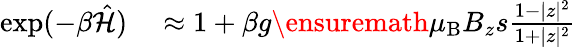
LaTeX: \begin{array}{rl}{\exp(-\beta\hat{{\cal H}})}&{{}\approx 1+\beta g{\ensuremath{\mu_{\mathrm{B}}}}B_{z}s\frac{1-|z|^{2}}{1+|z|^{2}}}\end{array}